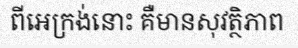
ពីអេក្រង់នោះ គឺមានសុវត្ថិភាព